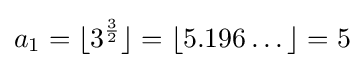
a_{1}=\lfloor 3^{\frac {3}{2}}\rfloor =\lfloor 5.196\dots \rfloor =5